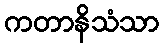
ကတာနိသံသာ